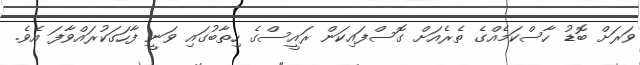
ވަރަށް ބޮޑު ހާސްކަމެއްގެ ތެރެއަށް ގޮސްފައިކަން ރައީސްގެ ހިތާބުގައި ވަނީ ފާހަގަކުރައްވާފަ އެވެ.